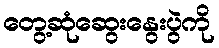
တွေ့ဆုံဆွေးနွေးပွဲကို